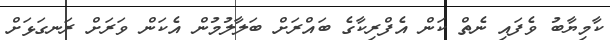
ކާމިޔާބު ވެފައި ނެތް ކަން އެފްރިކާގެ ބައްރަށް ބަލާލުމުން އެކަން ވަރަށް ރަނގަޅަށް